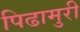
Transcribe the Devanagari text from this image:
पिढामुरी